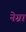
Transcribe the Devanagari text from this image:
नेग्रा